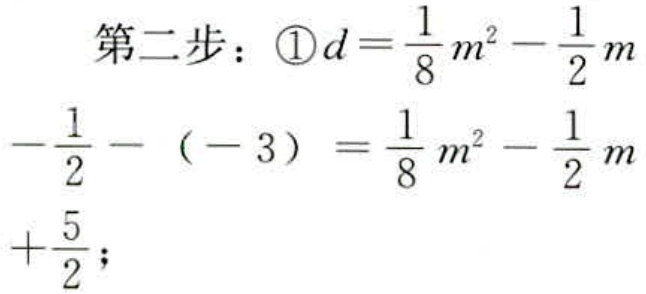
第二步：\textcircled{1}$d=\frac{1}{8}m^{2}-\frac{1}{2}m\\
-\frac{1}{2}-(-3)=\frac{1}{8}m^{2}-\frac{1}{2}m\\
+\frac{5}{2};$